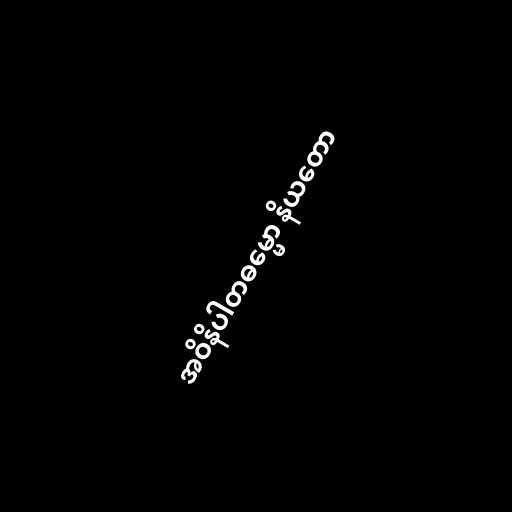
အဝိနိပါတဓမ္မော နိယတော